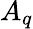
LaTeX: A_{q}